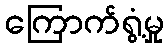
ကြောက်ရွံ့မှု